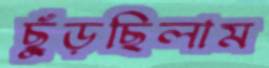
ছুঁড়ছিলাম